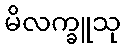
မိလက္ခူသု